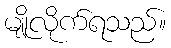
မျိုလိုက်ရသည်။